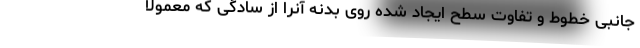
جانبی خطوط و تفاوت سطح ایجاد شده روی بدنه آنرا از سادگی که معمولا